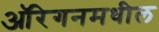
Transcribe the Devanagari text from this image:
ऑरेगनमधील